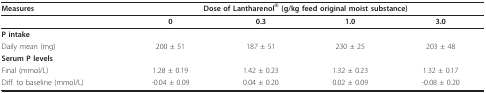
| Measures | <COLSPAN=4> Dose of Lantharenol® (g/kg feed original moist substance) |
 | --- | --- | --- | --- | --- |
 |  | 0 | 0.3 | 1.0 | 3.0 |
 | P intake |  |  |  |  |
 | Daily mean (mg) | 200 ± 51 | 187 ± 51 | 230 ± 25 | 203 ± 48 |
 | Serum P levels |  |  |  |  |
 | Final (mmol/L) | 1.28 ± 0.19 | 1.42 ± 0.23 | 1.32 ± 0.23 | 1.32 ± 0.17 |
 | Diff. to baseline (mmol/L) | -0.04 ± 0.09 | 0.04 ± 0.20 | 0.02 ± 0.09 | -0.08 ± 0.20 |